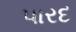
પારદ